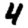
Digit: 4